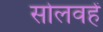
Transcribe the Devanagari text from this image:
सोलवहें